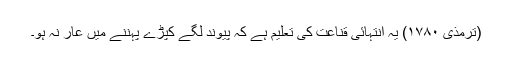
(ترمذی ۱۷۸۰) یہ انتہائی قناعت کی تعلیم ہے کہ پیوند لگے کپڑے پہننے میں عار نہ ہو۔